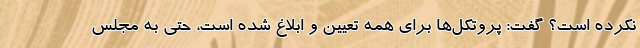
نکرده است؟ گفت: پروتکل‌ها برای همه تعیین و ابلاغ شده است، حتی به مجلس